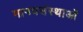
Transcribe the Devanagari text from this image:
मानवसंस्थाओं